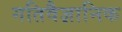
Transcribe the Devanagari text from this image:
गतिवैज्ञानिक